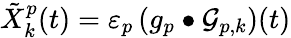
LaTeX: \tilde{X}_{k}^{p}(t)=\varepsilon_{p}\left(g_{p}\bullet\mathcal{G}_{p,k}\right)(t)